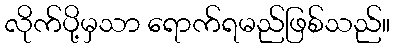
လိုက်ပို့မှသာ ရောက်ရမည်ဖြစ်သည်။